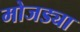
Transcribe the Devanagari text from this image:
मोजड्या